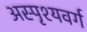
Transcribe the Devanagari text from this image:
अस्पृश्यवर्ग